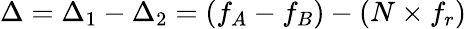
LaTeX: \Delta=\Delta_{1}-\Delta_{2}=(f_{A}-f_{B})-(N\times f_{r})